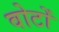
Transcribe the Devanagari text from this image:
वोटोँ